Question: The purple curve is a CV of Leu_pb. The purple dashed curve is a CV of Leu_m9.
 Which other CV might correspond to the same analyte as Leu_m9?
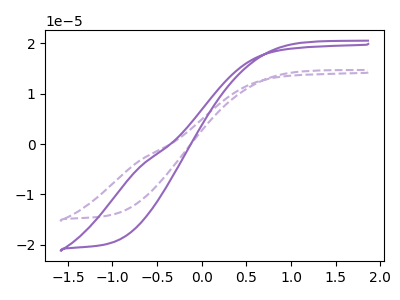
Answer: <think>The purple curve "Leu_pb" has no peaks. The purple dashed curve "Leu_m9" has no peaks.
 Neither "Leu_pb" or "Leu_m9" have any peaks.</think>
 <answer>The CV with the most similar shape to "Leu_pb" is "Leu_m9".</answer>
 <eval>"Leu_m9"</eval>